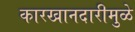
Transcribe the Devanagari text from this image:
कारखानदारीमुळे